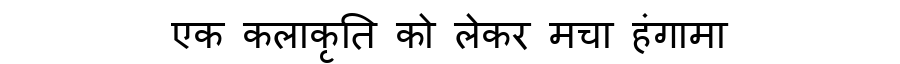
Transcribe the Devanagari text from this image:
एक कलाकृति को लेकर मचा हंगामा